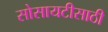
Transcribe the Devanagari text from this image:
सोसायटीसाठी